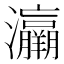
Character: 𤅘